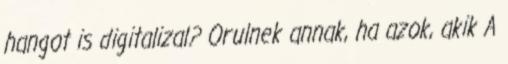
hangot is digitalizal? Orulnek annak, ha azok, akik A